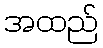
အထည်